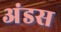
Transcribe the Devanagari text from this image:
अंडस